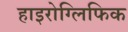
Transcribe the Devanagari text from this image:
हाइरोग्लिफिक